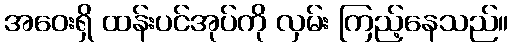
အဝေးရှိ ထန်းပင်အုပ်ကို လှမ်း ကြည့်နေသည်။